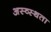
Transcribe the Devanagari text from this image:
अस्व्स्थता